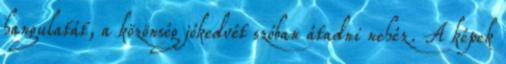
hangulatát, a közönség jókedvét szóban átadni nehéz. A képek